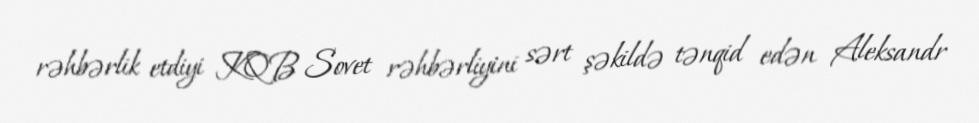
rəhbərlik etdiyi KQB Sovet rəhbərliyini sərt şəkildə tənqid edən Aleksandr